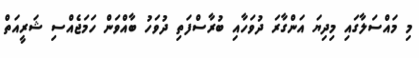
މި މައްސަލާގައި މިދިޔަ އަންގާރަ ދުވަހާއި ބުރާސްފަތި ދުވަހު ބާއްވަން ހަމަޖެއްސި ޝަރީއަތް